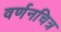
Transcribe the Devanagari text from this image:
वर्णनचित्र